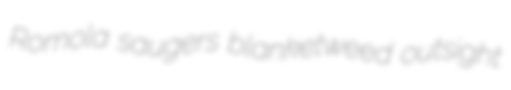
Romola saugers blanketweed outsight